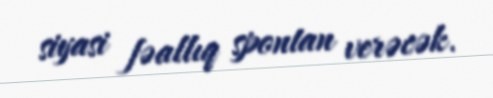
siyasi fəallıq spontan verəcək.